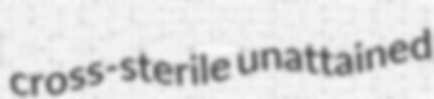
cross-sterile unattained